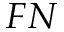
F N